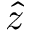
\hat { z }